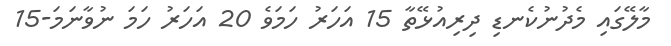
މާލޭގައި މެދުނުކެނޑި ދިރިއުޅޭތާ 15 އަހަރު ހަމަވެ 20 އަހަރު ހަމަ ނުވާނަމަ-15